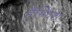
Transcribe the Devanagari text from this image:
हैग्फिश